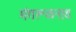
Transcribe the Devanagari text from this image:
मंगरूळनाथ